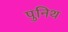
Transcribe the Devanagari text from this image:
पुनिथ